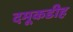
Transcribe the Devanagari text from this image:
दमूकडीह